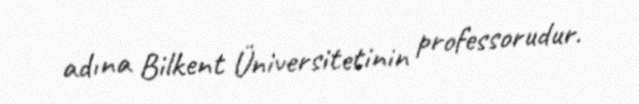
adına Bilkent Üniversitetinin professorudur.